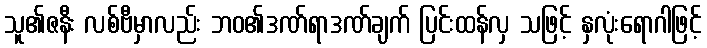
သူ၏ဇနီး လစ်ဗီမှာလည်း ဘဝ၏ဒဏ်ရာဒဏ်ချက် ပြင်းထန်လှ သဖြင့် နှလုံးရောဂါဖြင့်